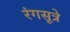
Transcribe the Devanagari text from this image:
रंगसूत्रे